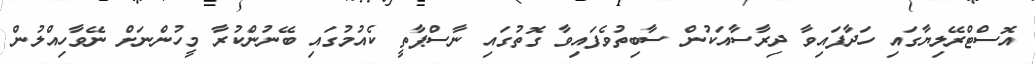
އޮސްޓްރޭލިޔާގައި ހަދާފައިވާ ދިރާސާއަކުން ސާބިތުވެފައިވާ ގޮތުގައި ނާސްޕާތީ ކެއުމުގައި ބޭނުންކުރާ މީހުންނަށް ނޭވާހިއްލުން